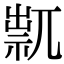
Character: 𥚋